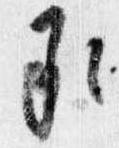
承